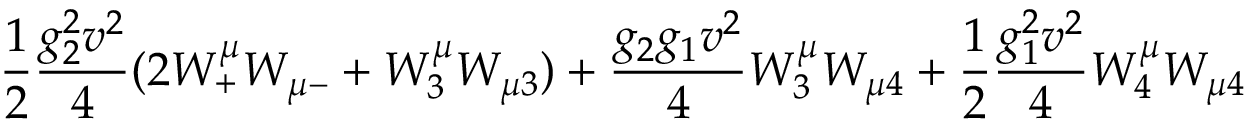
\frac 1 2 { \frac { g _ { 2 } ^ { 2 } v ^ { 2 } } { 4 } } ( 2 W _ { + } ^ { \mu } W _ { \mu - } + W _ { 3 } ^ { \mu } W _ { \mu 3 } ) + { \frac { g _ { 2 } g _ { 1 } v ^ { 2 } } { 4 } } W _ { 3 } ^ { \mu } W _ { \mu 4 } + \frac 1 2 { \frac { g _ { 1 } ^ { 2 } v ^ { 2 } } { 4 } } W _ { 4 } ^ { \mu } W _ { \mu 4 }